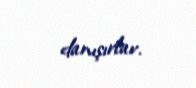
danışırlar.